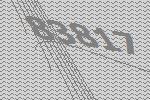
83817